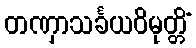
တဏှာသင်္ခယဝိမုတ္တိံ